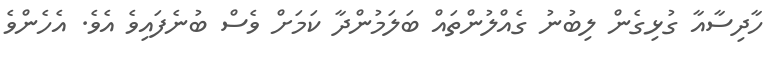
ހާދިސާއާ ގުޅިގެން ލިބުނު ގެއްލުންތައް ބަލަމުންދާ ކަމަށް ވެސް ބުނެފައިވެ އެވެ. އެހެންވެ